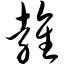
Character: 雍